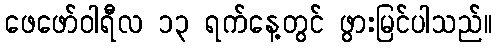
ဖေဖော်ဝါရီလ ၁၃ ရက်နေ့တွင် ဖွားမြင်ပါသည်။